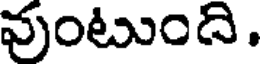
వుంటుంది.